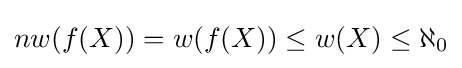
nw(f(X))=w(f(X))\leq w(X)\leq \aleph _{0}